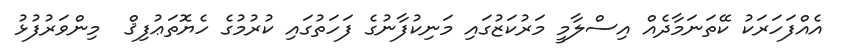
އެއްފަހަރަކު ކޭތަނަމާދެއް އިސްލާމީ މަރުކަޒުގައި މަނިކުފާނުގެ ފަހަތުގައި ކުރުމުގެ ހެޔޮތަޢުފިޤް  މިންވަރުފުޅު